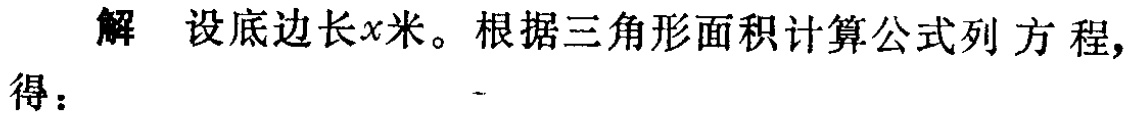
解 设底边长\(x\)米。根据三角形面积计算公式列方程, 得：